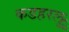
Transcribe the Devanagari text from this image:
कडहरलु